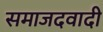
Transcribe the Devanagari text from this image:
समाजदवादी